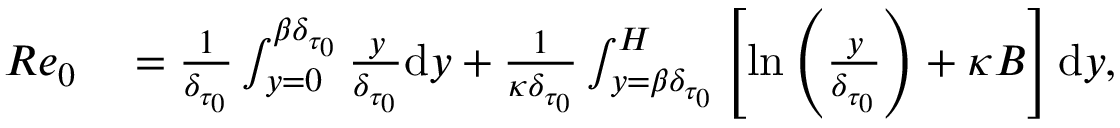
\begin{array} { r l } { R e _ { 0 } } & { { } = \frac { 1 } { \delta _ { \tau _ { 0 } } } \int _ { y = 0 } ^ { { \beta } \delta _ { \tau _ { 0 } } } \frac { y } { \delta _ { \tau _ { 0 } } } \mathrm { d } y + \frac { 1 } { \kappa \delta _ { \tau _ { 0 } } } \int _ { y = { \beta } \delta _ { \tau _ { 0 } } } ^ { H } \left[ \ln \left( \frac { y } { \delta _ { \tau _ { 0 } } } \right) + \kappa B \right] \mathrm { d } y , } \end{array}